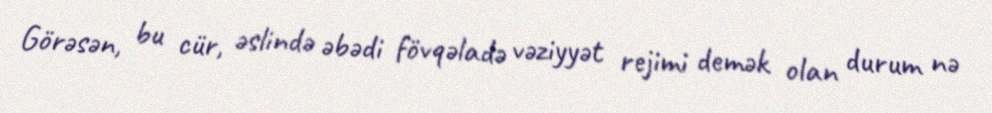
Görəsən, bu cür, əslində əbədi fövqəladə vəziyyət rejimi demək olan durum nə